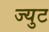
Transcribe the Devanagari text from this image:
ज्युट